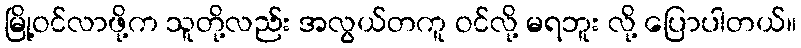
မြို့ဝင်လာဖို့က သူတို့လည်း အလွယ်တကူ ဝင်လို့ မရဘူး လို့ ပြောပါတယ်။